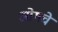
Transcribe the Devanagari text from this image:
ओमचे